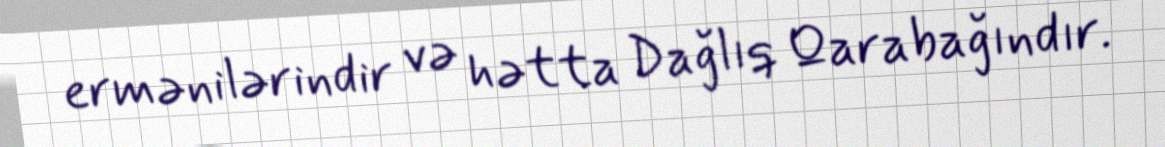
ermənilərindir və hətta Dağlıq Qarabağındır.